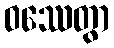
ဝဿေတွာ